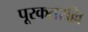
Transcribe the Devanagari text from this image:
पूरकतरल्लि